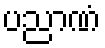
ပညာဏံ